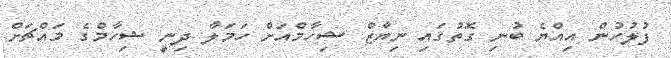
ފުލުހުން އިއްޔެ ބުނި ގޮތުގައި ނިޔާޒް ޝިހާމްއަށް ހަމަލާ ދިނީ ޝިހާމްގެ މައްޗަށް